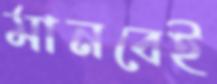
মানবেই